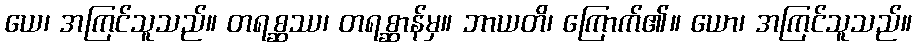
ယေ၊ အကြင်သူသည်။ တရစ္ဆဿ၊ တရစ္ဆာန်မှ။ ဘာယတိ၊ ကြောက်၏။ ယော၊ အကြင်သူသည်။